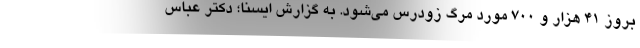
بروز ۴۱ هزار و ۷۰۰ مورد مرگ زودرس می‌شود. به گزارش ایسنا؛ دکتر عباس